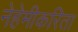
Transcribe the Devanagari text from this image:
नेहेमीकरिता